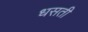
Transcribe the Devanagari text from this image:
धसती